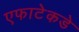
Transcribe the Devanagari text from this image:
एफाटेकडे